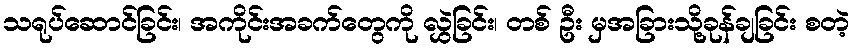
သရုပ်ဆောင်ခြင်း၊ အကိုင်းအခက်တွေကို လွှဲခြင်း၊ တစ် ဦး မှအခြားသို့ခုန်ချခြင်း စတဲ့